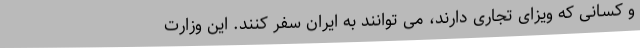
و کسانی که ویزای تجاری دارند، می توانند به ایران سفر کنند. این وزارت